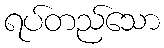
ရပ်တည်သော